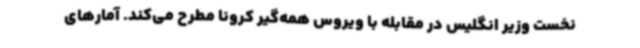
نخست وزیر انگلیس در مقابله با ویروس همه‌گیر کرونا مطرح می‌کند. آمارهای